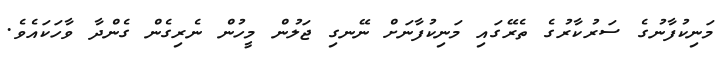
މަނިކުފާނުގެ ސަރުކާރުގެ ތެރޭގައި މަނިކުފާނަށް ނޭނގި ޖަލުން މީހުން ނެރިގެން ގެންދާ ވާހަކައެވެ.